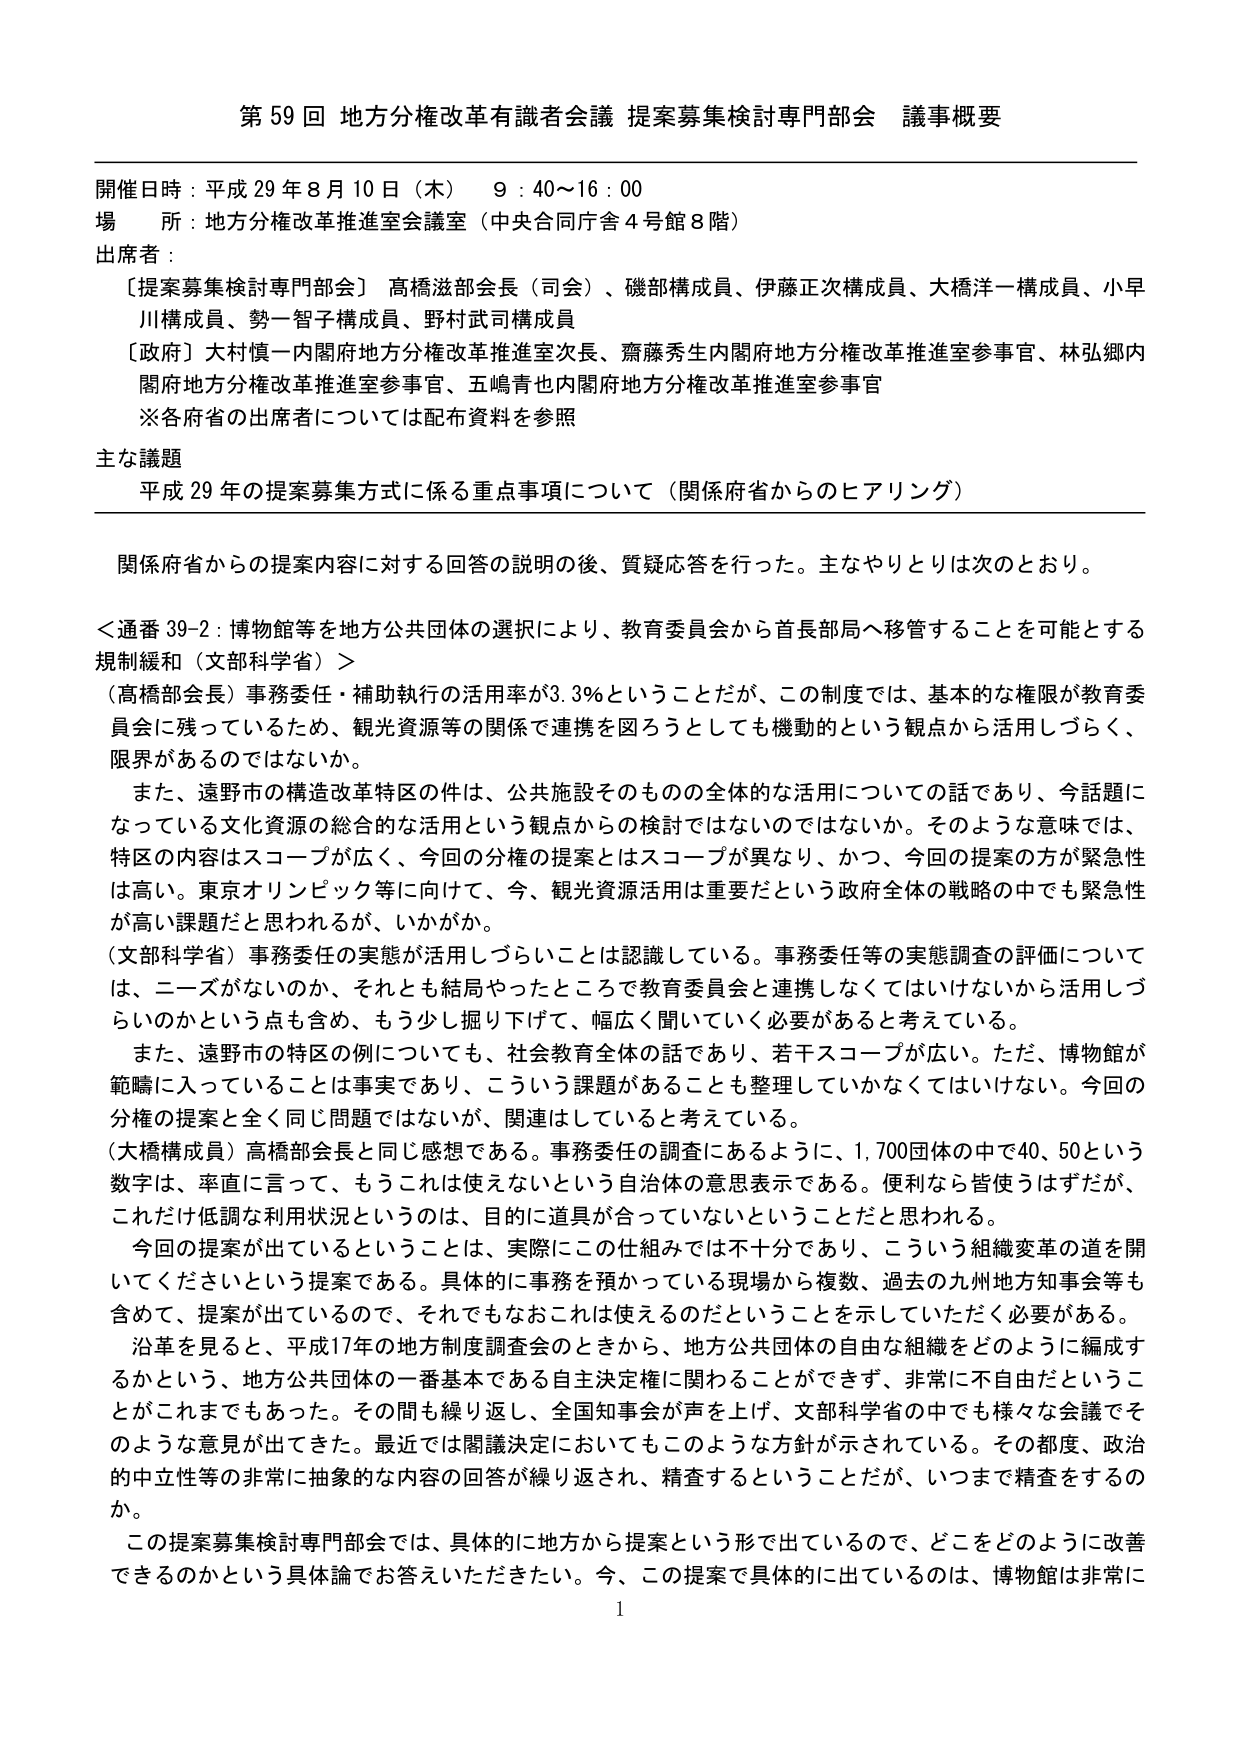
第59回 地方分権改革有識者会議 提案募集検討専門部会 議事概要

開催日時：平成29年8月10日（木） 9：40～16：00
場 所：地方分権改革推進室会議室（中央合同庁舎4号館8階）
出席者：
〔提案募集検討専門部会〕高橋滋部会長（司会）、磯部構成員、伊藤正次構成員、大橋洋一構成員、小早川構成員、勢一智子構成員、野村武司構成員
〔政府〕大村慎一内閣府地方分権改革推進室次長、齋藤秀生内閣府地方分権改革推進室参事官、林弘郷内閣府地方分権改革推進室参事官、五嶋青也内閣府地方分権改革推進室参事官
※各府省の出席者については配布資料を参照

主な議題
平成29年の提案募集方式に係る重点事項について（関係府省からのヒアリング）

関係府省からの提案内容に対する回答の説明の後、質疑応答を行った。主なやりとりは次のとおり。

＜通番39-2：博物館等を地方公共団体の選択により、教育委員会から首長部局へ移管することを可能とする規制緩和（文部科学省）＞
（高橋部会長）事務委任・補助執行の活用率が3.3%ということだが、この制度では、基本的な権限が教育委員会に残っているため、観光資源等の関係で連携を図ろうとしても機動的という観点から活用しづらく、限界があるのではないか。
また、遠野市の構造改革特区の件は、公共施設そのものの全体的な活用についての話であり、今話題になっている文化資源の総合的な活用という観点からの検討ではないのではないか。そのような意味では、特区の内容はスコープが広く、今回の分権の提案とはスコープが異なり、かつ、今回の提案の方が緊急性が高い。東京オリンピック等に向けて、今、観光資源活用は重要だという政府全体の戦略の中でも緊急性が高い課題だと思われるが、いかがか。
（文部科学省）事務委任の実態が活用しづらいことは認識している。事務委任等の実態調査の評価については、ニーズがないのか、それとも結局やったところで教育委員会と連携しなくてはいけないから活用しづらいのかという点も含め、もう少し掘り下げて、幅広く聞いていく必要があると考えている。
また、遠野市の特区の例についても、社会教育全体の話であり、若干スコープが広い。ただ、博物館が範疇に入っていることは事実であり、こういう課題があることも整理していかなくてはいけない。今回の分権の提案と全く同じ問題ではないが、関連はしていると考えている。
（大橋構成員）高橋部会長と同じ感想である。事務委任の調査にあるように、1,700団体の中で40、50という数字は、率直に言って、もうこれは使えないという自治体の意思表示である。便利なら皆使うはずだが、これだけ低調な利用状況というのは、目的に道具が合っていないということだと思われる。
今回の提案が出ているということは、実際にこの仕組みでは不十分であり、こういう組織変革の道を開いてくださいという提案である。具体的に事務を預かっている現場から複数、過去の九州地方知事会等も含めて、提案が出ているので、それでもなおこれは使えるのだということを示していただく必要がある。
沿革を見ると、平成17年の地方制度調査会のときから、地方公共団体の自由な組織をどのように編成するかという、地方公共団体の一番基本である自主決定権に関わることができず、非常に不自由だということがこれまでもあった。その間も繰り返し、全国知事会が声を上げ、文部科学省の中でも様々な会議でそのような意見が出てきた。最近では閣議決定においてもこのような方針が示されている。その都度、政治的中立性等の非常に抽象的な内容の回答が繰り返され、精査するということだが、いつまで精査をするのか。
この提案募集検討専門部会では、具体的に地方から提案という形で出ているので、どこをどのように改善できるのかという具体論でお答えいただきたい。今、この提案で具体的に出ているのは、博物館は非常に

1